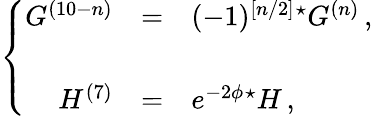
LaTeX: \left\{ \begin{array}{rcl}{{G^{(10-n)}}}&{{=}}&{{(-1)^{\left[n/2\right]}{}^{\star}G^{(n)}\, ,}}\\ {{}}&{{}}&{{}}\\ {{H^{(7)}}}&{{=}}&{{e^{-2\phi}{}^{\star}H\, ,}}\end{array}\right.